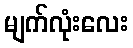
မျက်လုံးလေး